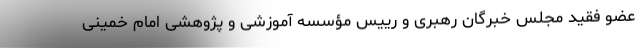
عضو فقید مجلس خبرگان رهبری و رییس مؤسسه آموزشی و پژوهشی امام خمینی